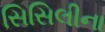
સિસિલીના